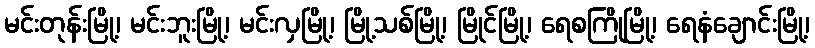
မင်းတုန်းမြို့၊ မင်းဘူးမြို့၊ မင်းလှမြို့၊ မြို့သစ်မြို့၊ မြိုင်မြို့၊ ရေစကြိုမြို့၊ ရေနံချောင်းမြို့၊